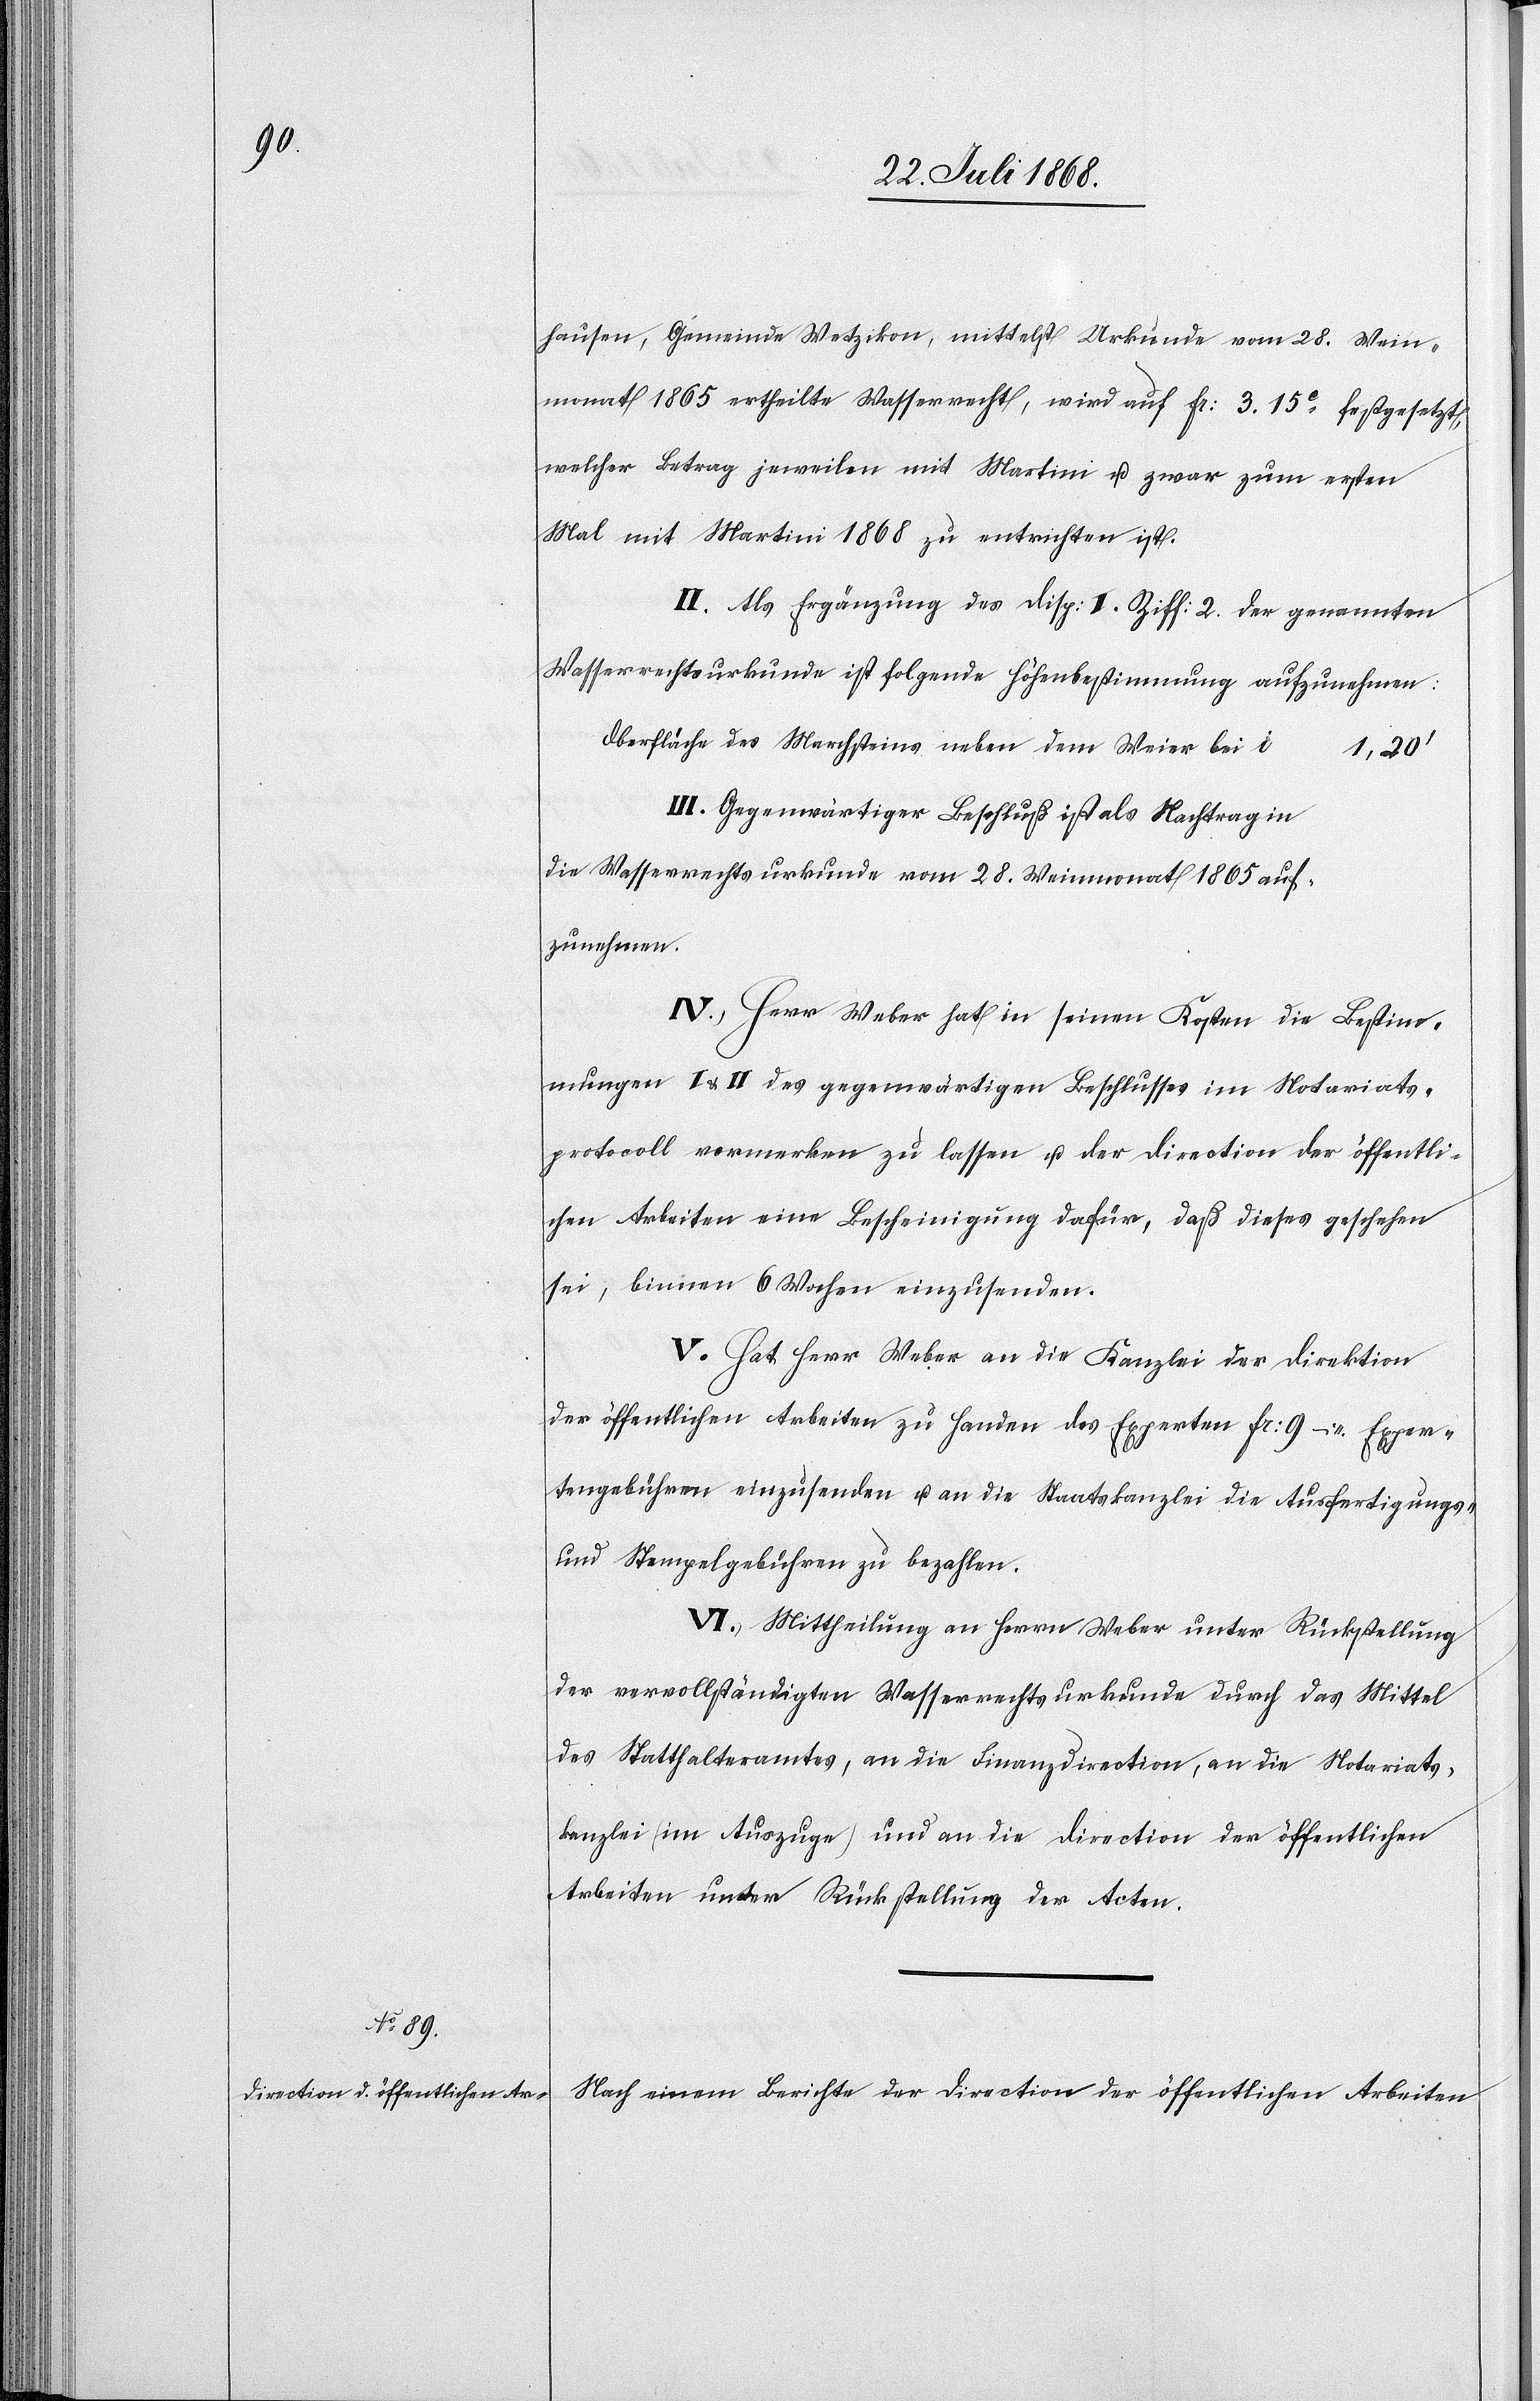
hausen, Gemeinde Wetzikon, mittelst Urkunde vom 28. Wein¬
monat 1865 ertheilte Wasserrecht, wird auf Fr: 3. 15c festgesetzt,
welcher Betrag jeweilen mit Martini u. zwar zum ersten
Mal mit Martini 1868 zu entrichten ist.
II. Als Ergänzung des Disp: I. Ziff: 2. der genannten
Wasserrechtsurkunde ist folgende Höhenbestimmung aufzunehmen:
Oberfläche des Marchsteins neben dem Weier bei b
1,20‘
III. Gegenwärtiger Beschluß ist als Nachtrag in
die Wasserrechtsurkunde vom 28. Weinmonat 1865 auf¬
zunehmen.
IV. Herr Weber hat in seinen Kosten die Bestim¬
mungen I & II des gegenwärtigen Beschlusses im Notariats¬
protocoll vormerken zu lassen u. der Direction der öffentli¬
chen Arbeiten eine Bescheinigung dafür, daß dieses geschehen
sei, binnen 6 Wochen einzusenden.
V. Hat Herr Weber an die Kanzlei der Direktion
der öffentlichen Arbeiten zu Handen des Experten Fr: 9 – Exper¬
tengebühren einzusenden u. an die Staatskanzlei die Ausfertigungs-
und Stempelgebühren zu bezahlen.
VI. Mittheilung an Herrn Weber unter Rückstellung
der vervollständigten Wasserrechtsurkunde durch das Mittel
des Statthalteramtes, an die Finanzdirection, an die Notariats¬
kanzlei (im Auszuge) und an die Direction der öffentlichen
Arbeiten unter Rückstellung der Acten.
Nach einem Berichte der Direction der öffentlichen Arbeiten